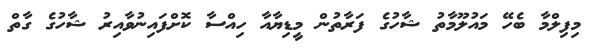
މިފިލްމާ ބެހޭ މައުލޫމާތު ޝާހުގެ ފަރާތުން މީޑިޔާއާ ހިއްސާ ކޮށްފައިނުވާއިރު ޝާހުގެ ގާތް